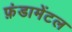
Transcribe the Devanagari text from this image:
फ़ंडामेंटल